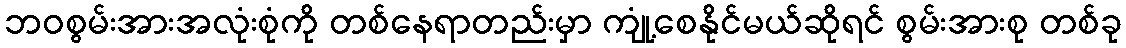
ဘဝစွမ်းအားအလုံးစုံကို တစ်နေရာတည်းမှာ ကျုံ့စေနိုင်မယ်ဆိုရင် စွမ်းအားစု တစ်ခု